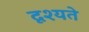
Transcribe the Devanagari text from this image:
दृश्यते